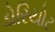
ડોરિયોટ